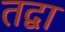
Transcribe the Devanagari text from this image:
तद्वा